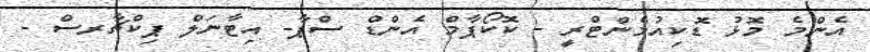
އެންމެ މޮޅު ޑޮކިއުމެންޓްރީ - ކޮކޯޕާމް އެންޑް ސްޕާ- އިޓާނަލް ޕިކްޗާރސް -